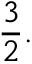
{ \frac { 3 } { 2 } } .